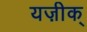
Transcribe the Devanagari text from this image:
यज़ीक्